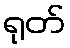
ရုတ်